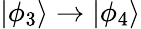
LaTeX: |\phi_{3}\rangle\rightarrow|\phi_{4}\rangle